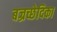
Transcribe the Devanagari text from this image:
बज्रच्छेदिका